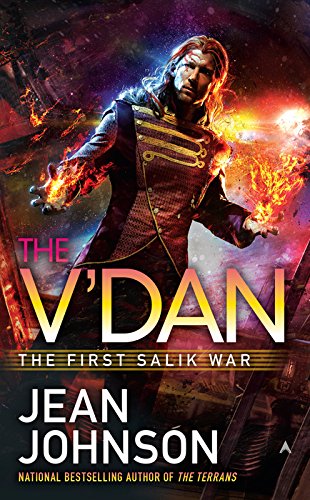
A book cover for The V'Dan: First Salik Way (First Salik War); Jean Johnson; Science Fiction & Fantasy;